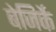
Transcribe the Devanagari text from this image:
बेजिर्के